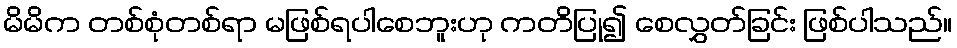
မိမိက တစ်စုံတစ်ရာ မဖြစ်ရပါစေဘူးဟု ကတိပြု၍ စေလွှတ်ခြင်း ဖြစ်ပါသည်။